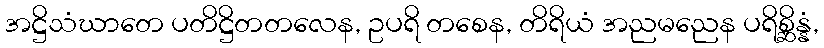
အဋ္ဌိသံဃာတေ ပတိဋ္ဌိတတလေန, ဥပရိ တစေန, တိရိယံ အညမညေန ပရိစ္ဆိန္နံ,